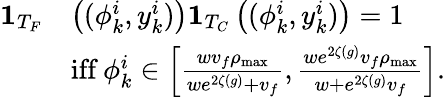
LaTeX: \begin{array}{rl}{\mathbf{1}_{T_{F}}}&{\left((\phi_{k}^{i},y_{k}^{i})\right)\mathbf{1}_{T_{C}}\left((\phi_{k}^{i},y_{k}^{i})\right)=1}\\ &{\textrm{iff}\ \phi_{k}^{i}\in\left[\frac{wv_{f}\rho_{\operatorname*{max}}}{we^{2\zeta(g)}+v_{f}},\frac{we^{2\zeta(g)}v_{f}\rho_{\operatorname*{max}}}{w+e^{2\zeta(g)}v_{f}}\right].}\end{array}